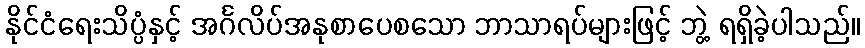
နိုင်ငံရေးသိပ္ပံနှင့် အင်္ဂလိပ်အနုစာပေစသော ဘာသာရပ်များဖြင့် ဘွဲ့ ရရှိခဲ့ပါသည်။